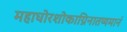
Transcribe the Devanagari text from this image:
महाघोरशोकाग्निनातप्यमानं